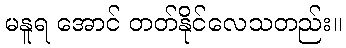
မနူရ အောင် တတ်နိုင်လေသတည်း။